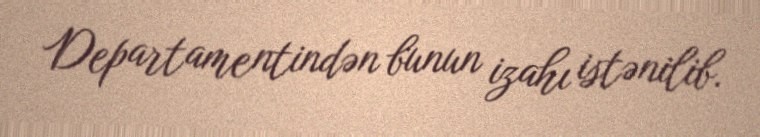
Departamentindən bunun izahı istənilib.